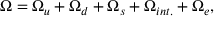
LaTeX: \Omega = \Omega _ { u } + \Omega _ { d } + \Omega _ { s } + \Omega _ { i n t . } + \Omega _ { e } ,